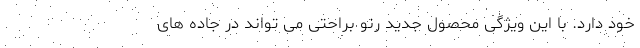
خود دارد. با این ویژگی محصول جدید رنو براحتی می تواند در جاده های